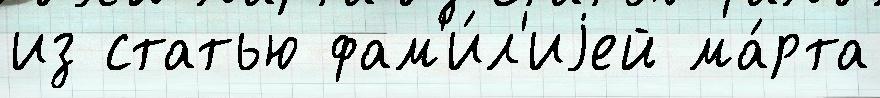
из статью фам'и́л'иjей ма́рта